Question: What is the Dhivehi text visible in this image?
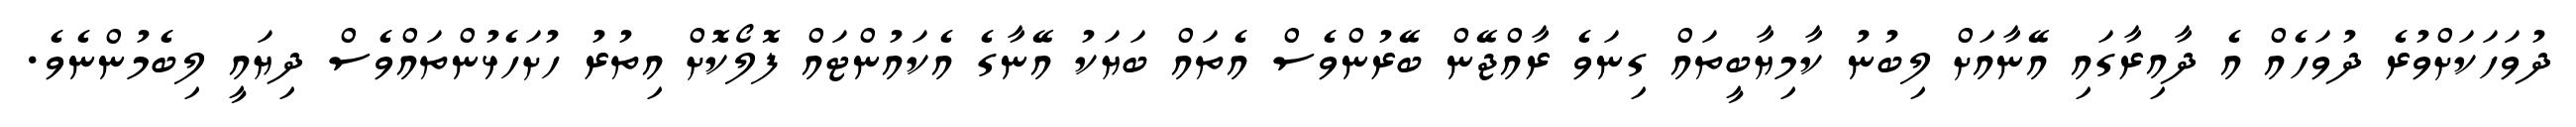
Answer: ދުވަހަކަށްވުރެ ދުވަހެއް އެ ދާއިރާގައި އޭނާއަށް ލިބުނު ކާމިޔާބީތައް ގިނަވެ ރާއްޖޭން ބޭރުންވެސް އެތައް ބަޔަކު އޭނާގެ އެކައުންޓައް ފޮލޯކޮށް އިތުރު ހުށަހެޅުންތައްވެސް ދިޔައީ ލިބެމުންނެވެ.